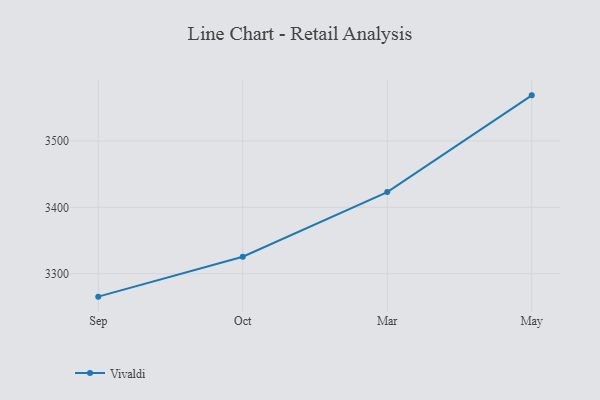
{"axis": {"x": "Month", "y": "Bounce Rate (%)"}, "legend": ["Vivaldi"], "data": [{"x": "Sep", "y": 3265.4, "type": "Vivaldi"}, {"x": "Oct", "y": 3325.6, "type": "Vivaldi"}, {"x": "Mar", "y": 3423.0, "type": "Vivaldi"}, {"x": "May", "y": 3568.7, "type": "Vivaldi"}]}